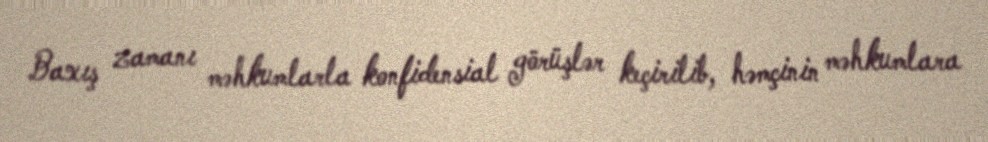
Baxış zamanı məhkumlarla konfidensial görüşlər keçirilib, həmçinin məhkumlara